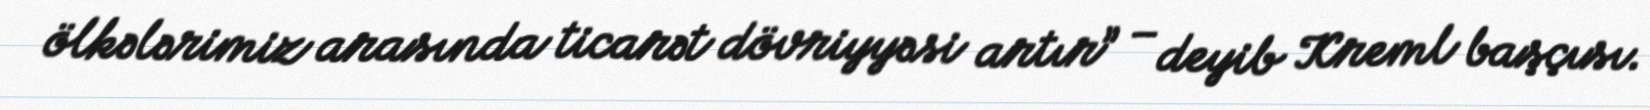
ölkələrimiz arasında ticarət dövriyyəsi artır” – deyib Kreml başçısı.